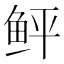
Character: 鲆